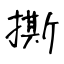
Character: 撕